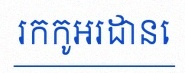
រកកូអរដោនេ